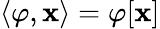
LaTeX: \langle\varphi,\mathbf{x}\rangle=\varphi[\mathbf{x}]